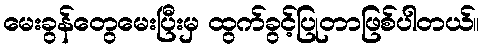
မေးခွန်တွေမေးပြီးမှ ထွက်ခွင့်ပြုတာဖြစ်ပါတယ်။